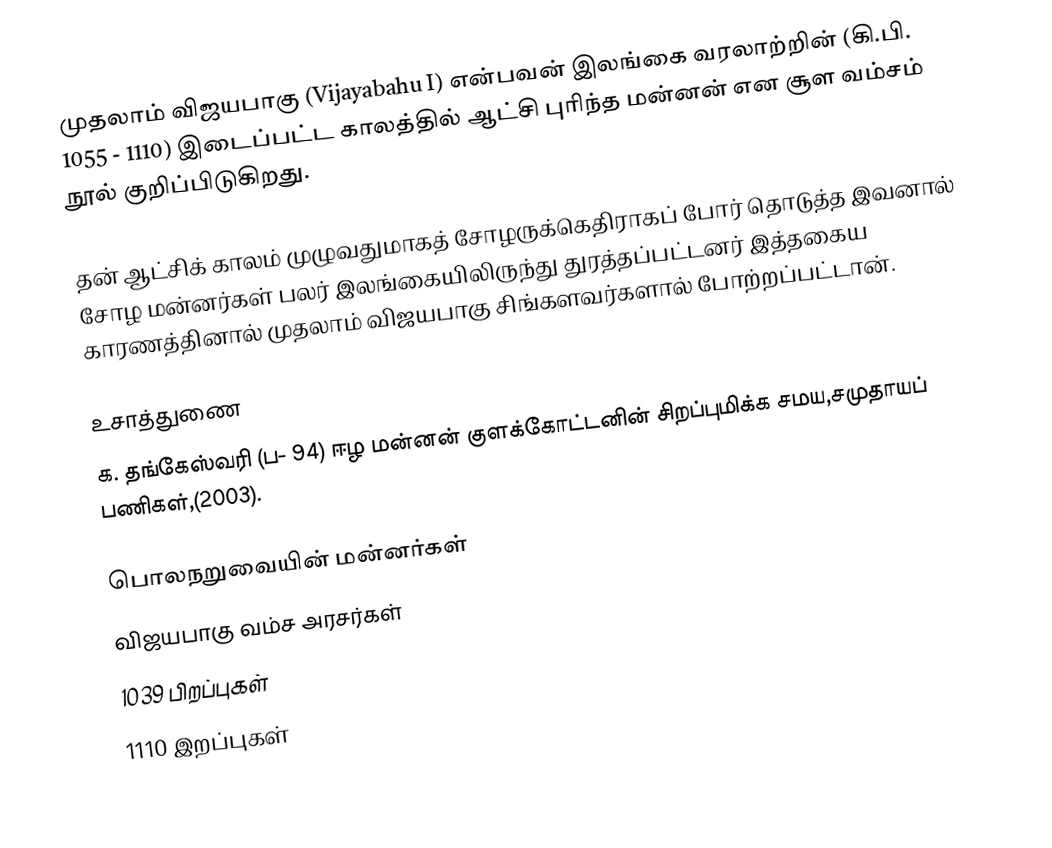
முதலாம் விஜயபாகு (Vijayabahu I) என்பவன் இலங்கை வரலாற்றின் (கி.பி. 1055 - 1110) இடைப்பட்ட காலத்தில் ஆட்சி புரிந்த மன்னன் என சூள வம்சம் நூல் குறிப்பிடுகிறது.

தன் ஆட்சிக் காலம் முழுவதுமாகத் சோழருக்கெதிராகப் போர் தொடுத்த இவனால் சோழ மன்னர்கள் பலர் இலங்கையிலிருந்து துரத்தப்பட்டனர் இத்தகைய காரணத்தினால் முதலாம் விஜயபாகு சிங்களவர்களால் போற்றப்பட்டான்.

உசாத்துணை
க. தங்கேஸ்வரி (ப- 94) ஈழ மன்னன் குளக்கோட்டனின் சிறப்புமிக்க சமய,சமுதாயப் பணிகள்,(2003).

பொலநறுவையின் மன்னர்கள்
விஜயபாகு வம்ச அரசர்கள்
1039 பிறப்புகள்
1110 இறப்புகள்